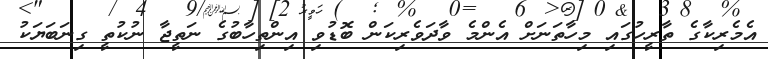
އެމެރިކާގެ ތާރީހުގައި މިހާތަނަށް އެންމެ ވާދަވެރިކަން ބޮޑުވި އިންތިހާބުގެ ނަތީޖާ ނުކުތީ ގިނަބަޔަކު